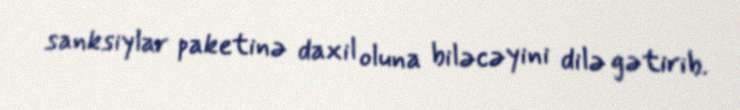
sanksiylar paketinə daxil oluna biləcəyini dilə gətirib.